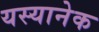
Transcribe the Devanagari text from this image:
यस्यानेक